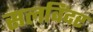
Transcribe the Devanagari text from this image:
सलविंदर